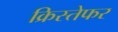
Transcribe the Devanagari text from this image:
क्रिस्तेफर